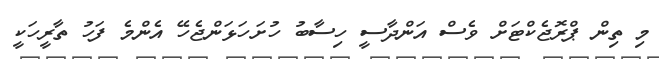
މި ތިން ޕްރޮޖެކްޓަށް ވެސް އަންދާސީ ހިސާބު ހުށަހަޅަންޖެހޭ އެންމެ ފަހު ތާރީހަކީ